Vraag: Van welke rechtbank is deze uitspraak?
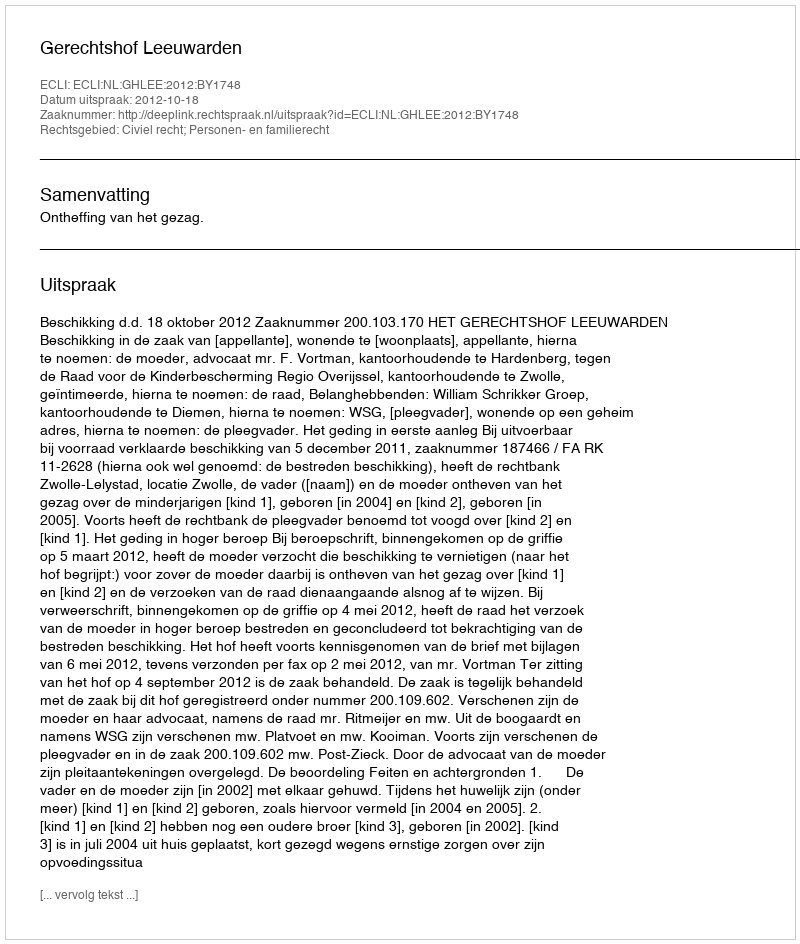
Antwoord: Gerechtshof Leeuwarden